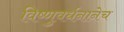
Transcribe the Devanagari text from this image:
विष्णुवर्धनानेच